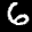
Label: 6